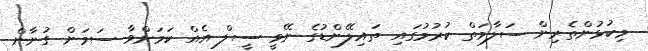
މިކުޅުންތެރިން ސަލާމަތް ކުރުމުގައި ތައިލޭންޑުގެ ނޭވީ ސީލް އެއް ކަމަށްވާ ސަމަން ގުނާން